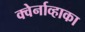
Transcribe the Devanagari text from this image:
क्वेर्नाव्हाका